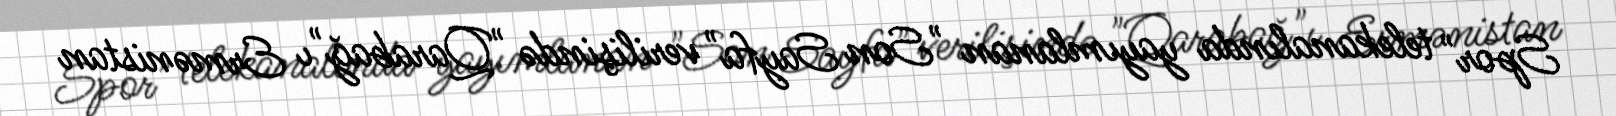
Spor" telekanalında yayımlanan "Son Sayfa" verilişində "Qarabağ"ı Ermənistan